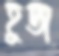
হুজ